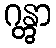
ဂန္တွာ